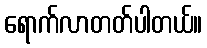
ရောက်လာတတ်ပါတယ်။